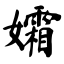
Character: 孀